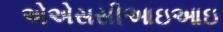
એએસસીઆઇઆઇ